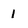
Character: 1